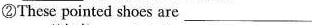
② There pointed shoes are ___